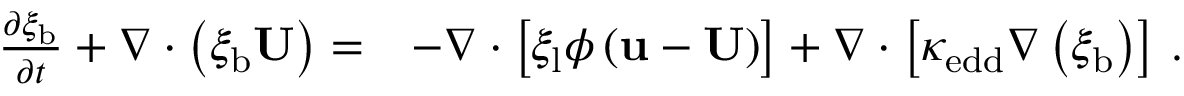
\begin{array} { r l } { \frac { \partial \xi _ { \mathrm { b } } } { \partial t } + \nabla \cdot \left( \xi _ { \mathrm { b } } \mathbf { U } \right) = } & { - \nabla \cdot \left[ \xi _ { \mathrm { l } } \phi \left( \mathbf { u } - \mathbf { U } \right) \right] + \nabla \cdot \left[ \kappa _ { \mathrm { e d d } } \nabla \left( \xi _ { \mathrm { b } } \right) \right] \, . } \end{array}